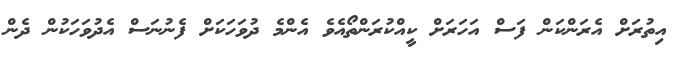
އިތުރަށް އެރަންކަން ފަސް އަހަރަށް ކީއްކުރަންތޯއެވެ އެންމެ ދުވަހަކަށް ފެނުނަސް އެދުވަހަކުން ދެން